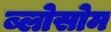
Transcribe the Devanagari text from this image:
ब्लोसोम